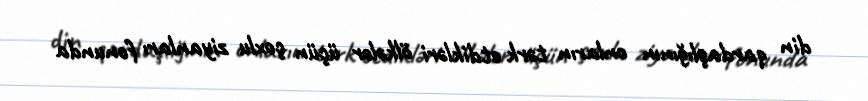
din qardaşlığının onların tərk etdikləri ölkələr üçün çoxlu ziyanları fonunda